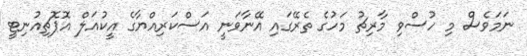
ނަމަވެސް މި ހުސްވި މާރިޗު މަހުގެ ތެރޭގައި އޭނާވަނީ އަސްކަރިއްޔާގެ އީކުއަލް އޮޕޮޗިއުނިޓީ